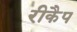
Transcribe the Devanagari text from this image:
रीकैप